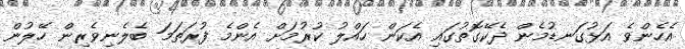
އެހެންވެ އަޅުގަނޑުމެން ދެކޭގޮތުގައި އެކަން ހައްލު ކުރުމަށް އެންމެ ފުރަތަމަ ބެލެނިވެރިން ހޭލުން